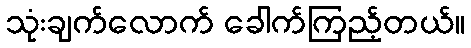
သုံးချက်လောက် ခေါက်ကြည့်တယ်။